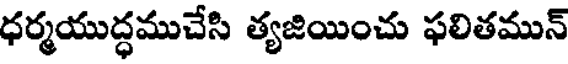
ధర్మయుద్ధముచేసి త్యజియించు ఫలితమున్